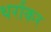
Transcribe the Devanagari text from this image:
थर्राकर